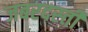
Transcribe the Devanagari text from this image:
जबरदस्‍ती